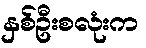
နှစ်ဦးစလုံးက